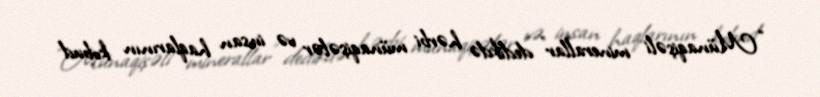
“Münaqişəli minerallar” dedikdə hərbi münaqişələr və insan haqlarının kobud